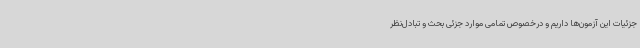
جزئیات این آزمون‌ها داریم و درخصوص تمامی موارد جزئی بحث و تبادل‌نظر